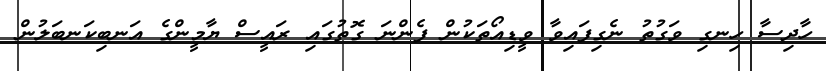
ހާދިސާ ހިނގި ވަގުތު ނެގިފައިވާ ވީޑިއޯތަކުން ފެންނަ ގޮތުގައި ރައީސް ޔާމީންގެ އަނބިކަނބަލުން